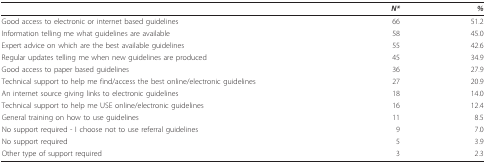
<table><thead><tr><td></td><td><b><i>N*</i></b></td><td><b><i>%</i></b></td></tr></thead><tbody><tr><td>Good access to electronic or internet based guidelines</td><td>66</td><td>51.2</td></tr><tr><td>Information telling me what guidelines are available</td><td>58</td><td>45.0</td></tr><tr><td>Expert advice on which are the best available guidelines</td><td>55</td><td>42.6</td></tr><tr><td>Regular updates telling me when new guidelines are produced</td><td>45</td><td>34.9</td></tr><tr><td>Good access to paper based guidelines</td><td>36</td><td>27.9</td></tr><tr><td>Technical support to help me find/access the best online/electronic guidelines</td><td>27</td><td>20.9</td></tr><tr><td>An internet source giving links to electronic guidelines</td><td>18</td><td>14.0</td></tr><tr><td>Technical support to help me USE online/electronic guidelines</td><td>16</td><td>12.4</td></tr><tr><td>General training on how to use guidelines</td><td>11</td><td>8.5</td></tr><tr><td>No support required - I choose not to use referral guidelines</td><td>9</td><td>7.0</td></tr><tr><td>No support required</td><td>5</td><td>3.9</td></tr><tr><td>Other type of support required</td><td>3</td><td>2.3</td></tr></tbody></table>